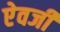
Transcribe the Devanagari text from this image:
एेवजी